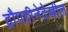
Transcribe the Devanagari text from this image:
द्रौपदीनेदेखील